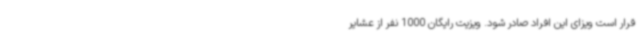
قرار است ویزای این افراد صادر شود. ویزیت رایگان 1000 نفر از عشایر